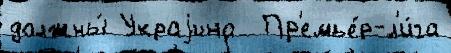
должны́ Украjина  Пр'емье́р-л'и́га